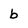
Character: b